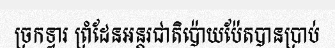
ច្រកទ្វារ ព្រំដែនអន្តរជាតិប៉ោយប៉ែតបានប្រាប់